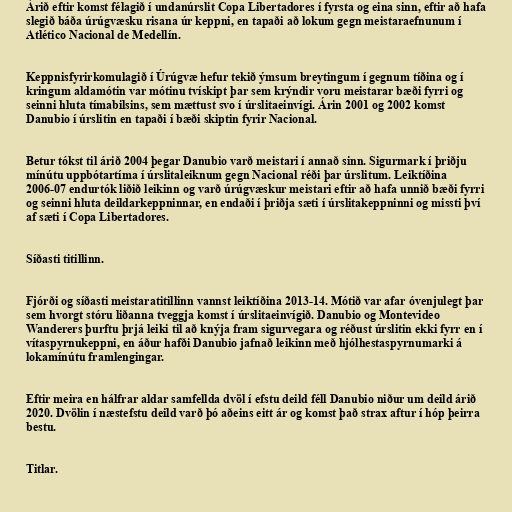
Árið eftir komst félagið í undanúrslit Copa Libertadores í fyrsta og eina sinn, eftir að hafa
slegið báða úrúgvæsku risana úr keppni, en tapaði að lokum gegn meistaraefnunum í
Atlético Nacional de Medellín.

Keppnisfyrirkomulagið í Úrúgvæ hefur tekið ýmsum breytingum í gegnum tíðina og í
kringum aldamótin var mótinu tvískipt þar sem krýndir voru meistarar bæði fyrri og
seinni hluta tímabilsins, sem mættust svo í úrslitaeinvígi. Árin 2001 og 2002 komst
Danubio í úrslitin en tapaði í bæði skiptin fyrir Nacional.

Betur tókst til árið 2004 þegar Danubio varð meistari í annað sinn. Sigurmark í þriðju
mínútu uppbótartíma í úrslitaleiknum gegn Nacional réði þar úrslitum. Leiktíðina
2006-07 endurtók liðið leikinn og varð úrúgvæskur meistari eftir að hafa unnið bæði fyrri
og seinni hluta deildarkeppninnar, en endaði í þriðja sæti í úrslitakeppninni og missti því
af sæti í Copa Libertadores.

Síðasti titillinn.

Fjórði og síðasti meistaratitillinn vannst leiktíðina 2013-14. Mótið var afar óvenjulegt þar
sem hvorgt stóru liðanna tveggja komst í úrslitaeinvígið. Danubio og Montevideo
Wanderers þurftu þrjá leiki til að knýja fram sigurvegara og réðust úrslitin ekki fyrr en í
vítaspyrnukeppni, en áður hafði Danubio jafnað leikinn með hjólhestaspyrnumarki á
lokamínútu framlengingar.

Eftir meira en hálfrar aldar samfellda dvöl í efstu deild féll Danubio niður um deild árið
2020. Dvölin í næstefstu deild varð þó aðeins eitt ár og komst það strax aftur í hóp þeirra
bestu.

Titlar.